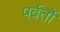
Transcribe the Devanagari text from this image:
पर्वर्तों